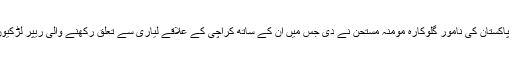
تقریب کی پہلی پرفارمنس پاکستان کی نامور گلوکارہ مومنہ مستحن نے دی جس میں ان کے ساتھ کراچی کے علاقے لیاری سے تعلق رکھنے والی ریپر لڑکیوں کا گروپ بھی شامل تھا۔